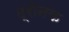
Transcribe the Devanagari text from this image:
द्रोनक